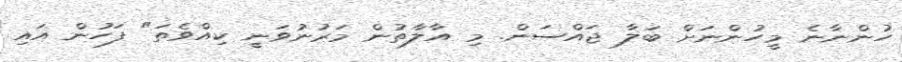
ހުންނާނެ މީހުންނަށް ބަލާ ޖައްސަން. މި އާލާތުން މަރުނުވަނީ ކިއްވެތަ" ފަހުން އައި